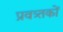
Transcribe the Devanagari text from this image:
प्रवत्र्तकों